Indian journal of veterinary science and animal husbandry - Volume 11,
Year: 1941
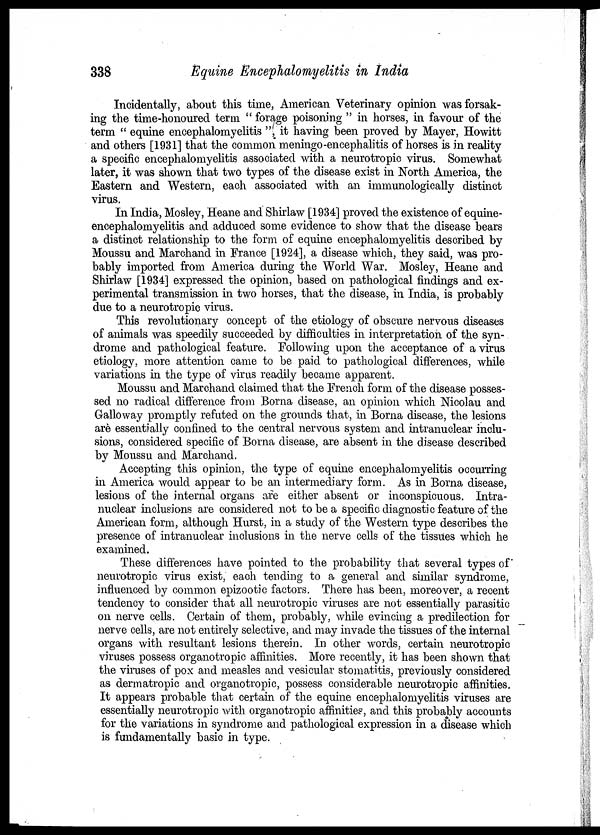
338
Equine Encephalomyelitis in India
Incidentally, about this time, American Veterinary opinion was forsak-
ing the time-honoured term " forage poisoning " in horses, in favour of the
term " equine encephalomyelitis ", it having been proved by Mayer, Howitt
and others [1931] that the common meningo-encephalitis of horses is in reality
a specific encephalomyelitis associated with a neurotropic virus. Somewhat
later, it was shown that two types of the disease exist in North America, the
Eastern and Western, each associated with an immunologically distinct
virus.
In India, Mosley, Heane and Shirlaw [1934] proved the existence of equine¬
encephalomyelitis and adduced some evidence to show that the disease bears
a distinct relationship to the form of equine encephalomyelitis described by
Moussu and Marchand in France [1924], a disease which, they said, was pro-
bably imported from America during the World War. Mosley, Heane and
Shirlaw [1934] expressed the opinion, based on pathological findings and ex-
perimental transmission in two horses, that the disease, in India, is probably
due to a neurotropic virus.
This revolutionary concept of the etiology of obscure nervous diseases
of animals was speedily succeeded by difficulties in interpretation of the syn-
drome and pathological feature. Following upon the acceptance of a virus
etiology, more attention came to be paid to pathological differences, while
variations in the type of virus readily became apparent.
Moussu and Marchand claimed that the French form of the disease posses-
sed no radical difference from Borna disease, an opinion which Nicolau and
Galloway promptly refuted on the grounds that, in Borna disease, the lesions
arè essentially confined to the central nervous system and intranuclear inclu-
sions, considered specific of Borna disease, are absent in the disease described
by Moussu and Marchand.
Accepting this opinion, the type of equine encephalomyelitis occurring
in America would appear to be an intermediary form. As in Borna disease,
lesions of the internal organs are either absent or inconspicuous. Intra-
nuclear inclusions are considered not to be a specific diagnostic feature of the
American form, although Hurst, in a study of the Western type describes the
presence of intranuclear inclusions in the nerve cells of the tissues which he
examined.
These differences have pointed to the probability that several types of
neurotropic virus exist, each tending to a general and similar syndrome,
influenced by common epizootic factors. There has been, moreover, a recent
tendency to consider that all neurotropic viruses are not essentially parasitic
on nerve cells. Certain of them, probably, while evincing a predilection for
nerve cells, are not entirely selective, and may invade the tissues of the internal
organs with resultant lesions therein. In other words, certain neurotropic
viruses possess organotropic affinities. More recently, it has been shown that
the viruses of pox and measles and vesicular stomatitis, previously considered
as dermatropic and organotropic, possess considerable neurotropic affinities.
It appears probable that certain of the equine encephalomyelitis viruses are
essentially neurotropic with organotropic affinities, and this probably accounts
for the variations in syndrome and pathological expression in a disease which
is fundamentally basic in type.